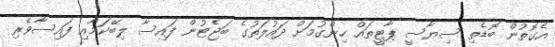
އެގޮތުން ބޮޑެތި ސިޔާސީ ޕާޓީތައް ހިންގުމަށް ދައުލަތުގެ ބަޖެޓުން ފައިސާ ލިބޭކަމާއި ފައިސާވެރި